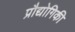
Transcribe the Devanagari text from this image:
प्रौद्योगिकी